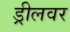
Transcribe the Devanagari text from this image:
ड्रीलवर